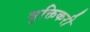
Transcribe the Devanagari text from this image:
मुक्तिकरी